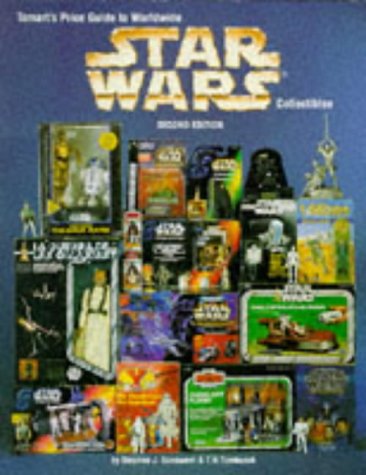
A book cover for Tomart's Price Guide to Worldwide Star Wars Collectibles, 2nd Edition; Stephen J. Sansweet; Crafts, Hobbies & Home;